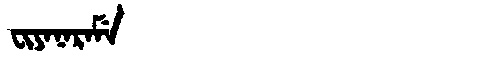
Manchu: ᠸᡳᠶᠠᠨᠠᡵᠠᠮᡝ
Romanization: FIYANARAME